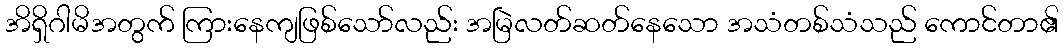
အိရှိဂါမိအတွက် ကြားနေကျဖြစ်သော်လည်း အမြဲလတ်ဆတ်နေသော အသံတစ်သံသည် ကောင်တာ၏